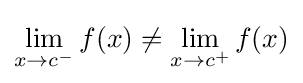
\lim _{x\to c^{-}}f(x)\neq \lim _{x\to c^{+}}f(x)